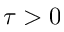
\tau > 0